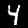
Digit: 4